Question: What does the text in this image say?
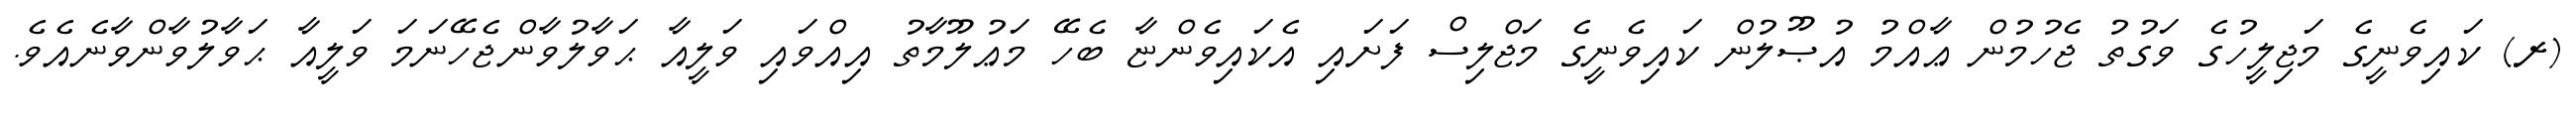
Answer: (ރ) ކައިވެނީގެ މަޖިލީހުގެ ވަގުތު ޖެހުމުން ޢާއްމު އުޞޫލުން ކައިވެނީގެ މަޖްލިސް ފަށައި އެކައިވެންޏާ ބެހޭ މަޢުލޫމާތު އިއްވައި ވަލީއާ ޙަވާލުވާންޖެހޭނަމަ ވަލީއާ ޙަވާލުވާންވާނެއެވެ.